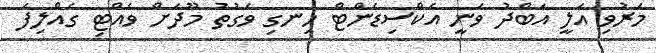
މަރުވި އަލީ އަބްދު ވަނީ އެކްސިޑެންޓް ހިނގި ވަގުތު މޫދަށް ވެއްޓި ގެއްލިފަ